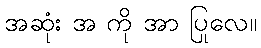
အဆုံး အ ကို အာ ပြုလေ။